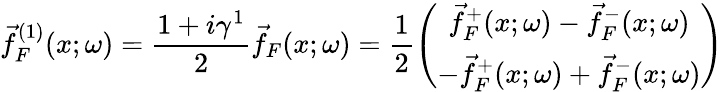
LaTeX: \vec{f}_{F}^{(1)}(x;\omega)=\frac{1+i\gamma^{1}}{2}\vec{f}_{F}(x;\omega)=\frac{1}{2}\left(\begin{array}{c}{{\vec{f}_{F}^{+}(x;\omega)-\vec{f}_{F}^{-}(x;\omega)}}\\ {{-\vec{f}_{F}^{+}(x;\omega)+\vec{f}_{F}^{-}(x;\omega)}}\end{array}\right)